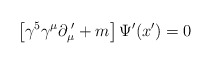
\begin{align*}\left [\gamma^5 \gamma^\mu \partial_\mu^{\,\,\prime} + m\right ]\Psi^\prime (x^\prime) = 0\end{align*}